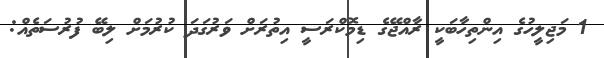
1 މަޖިލީހުގެ އިންތިހާބަކީ ރާއްޖޭގެ ޑިމޮކްރަސީ އިތުރަށް ވަރުގަދަ ކުރުމަށް ލިބޭ ފުރުސަތެއް: